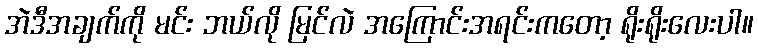
အဲဒီအချက်ကို မင်း ဘယ်လို မြင်လဲ အကြောင်းအရင်းကတော့ ရိုးရိုးလေးပါ။